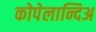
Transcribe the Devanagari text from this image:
कोपेलान्दिअ